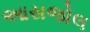
આસજોલ